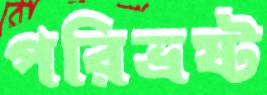
পরিভ্রষ্ট